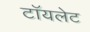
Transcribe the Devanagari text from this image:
टाॅयलेट